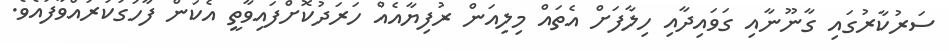
ސަރުކާރުގައި ގާނޫނާއި ގަވައިދާއި ހިލާފަށް އެތައް މިލިއަން ރުފިޔާއެއް ހަރަދުކޮށްފައިވާތީ އެކަން ފާހަގަކުރައްވާފައެވެ.